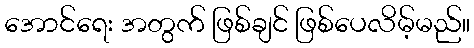
အောင်ရေး အတွက် ဖြစ်ချင် ဖြစ်ပေလိမ့်မည်။